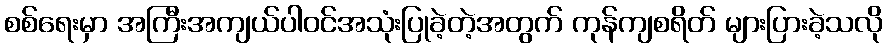
စစ်ရေးမှာ အကြီးအကျယ်ပါဝင်အသုံးပြုခဲ့တဲ့အတွက် ကုန်ကျစရိတ် များပြားခဲ့သလို